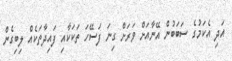
އަދި އެކަމުގެ ސަބަބުން އޭނާއަށް ވަރަށް ގިނަ ފަސޭހަ ތަކަކާއި ފައިދާތަކެއް ލިބިގެން